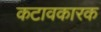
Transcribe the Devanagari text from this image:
कटावकारक